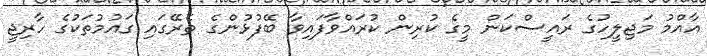
އާއްމު މަޖިލީހުގެ ރައީސްކަން މީގެ ކުރިން ކުރައްވާފައިވާ ބޭފުޅުންގެ ތެރޭގައި ގައުމުތަކުގެ ހާރިޖީ